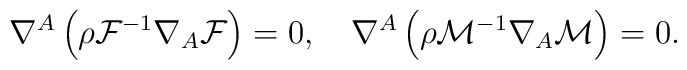
\nabla^A \left(\rho {\cal F}^{-1}\nabla_A {\cal F}\right)=0,\quad\nabla^A \left(\rho {\cal M}^{-1}\nabla_A {\cal M}\right)=0.